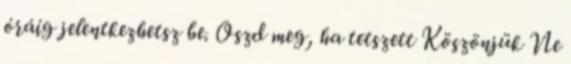
óráig jelentkezhetsz be. Oszd meg, ha tetszett Köszönjük Ne